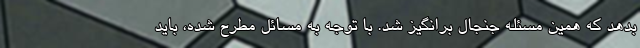
بدهد که همین مسئله جنجال برانگیز شد. با توجه به مسائل مطرح شده، باید